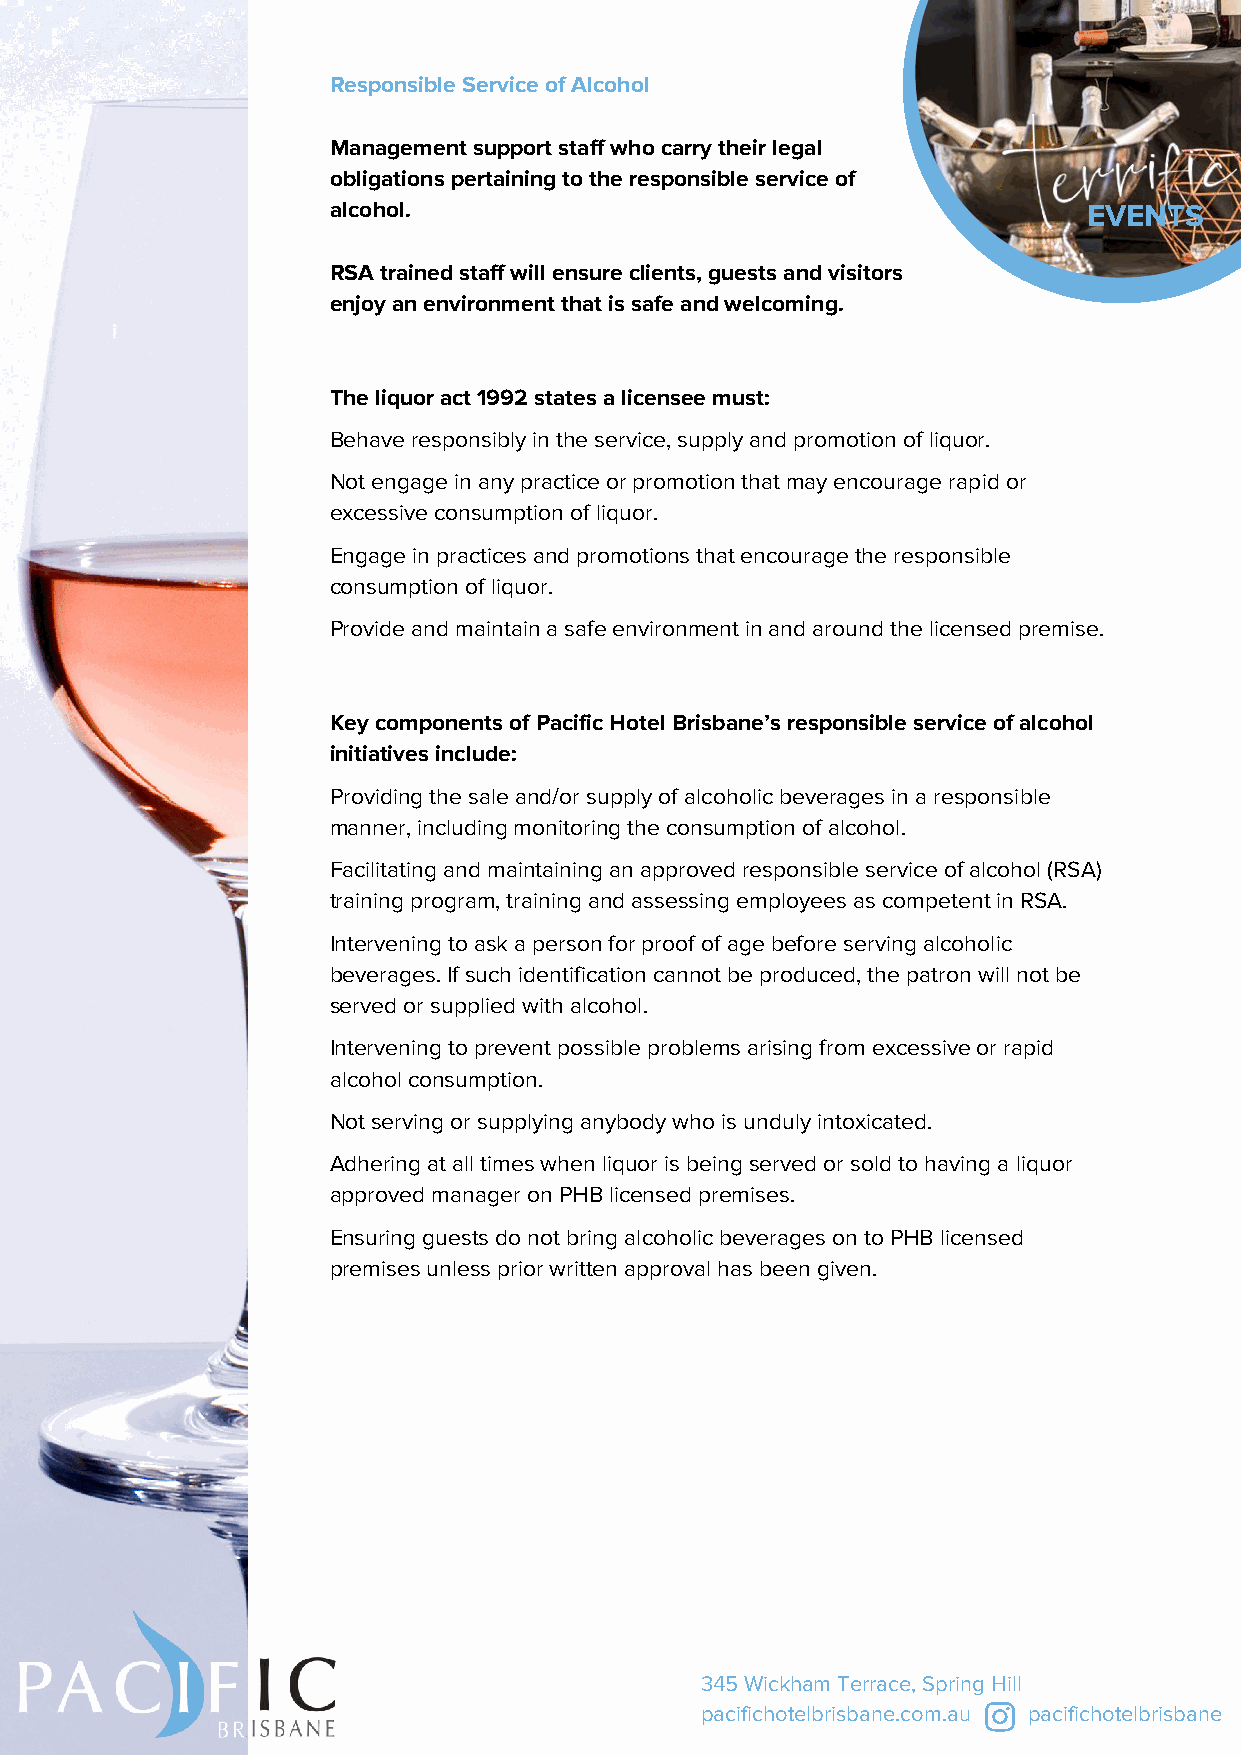
Responsible Service of Alcohol
 Management support staff who carry their legal
 obligations pertaining to the responsible service of
 alcohol.                                          EVENTS
 RSA trained staff will ensure clients, guests and visitors
 enjoy an environment that is safe and welcoming.
 The liquor act 1992 states a licensee must:
 Behave responsibly in the service, supply and promotion of liquor.
 Not engage in any practice or promotion that may encourage rapid or
 excessive consumption of liquor.
 Engage in practices and promotions that encourage the responsible
 consumption of liquor.
 Provide and maintain a safe environment in and around the licensed premise.
 Key components of Pacific Hotel Brisbane’s responsible service of alcohol
 initiatives include:
 Providing the sale and/or supply of alcoholic beverages in a responsible
 manner, including monitoring the consumption of alcohol.
 Facilitating and maintaining an approved responsible service of alcohol (RSA)
 training program, training and assessing employees as competent in RSA.
 Intervening to ask a person for proof of age before serving alcoholic
 beverages. If such identification cannot be produced, the patron will not be
 served or supplied with alcohol.
 Intervening to prevent possible problems arising from excessive or rapid
 alcohol consumption.
 Not serving or supplying anybody who is unduly intoxicated.
 Adhering at all times when liquor is being served or sold to having a liquor
 approved manager on PHB licensed premises.
 Ensuring guests do not bring alcoholic beverages on to PHB licensed
 premises unless prior written approval has been given.
 345 Wickham Terrace, Spring Hill
 pacifichotelbrisbane.com.au pacifichotelbrisbane